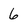
Character: 6